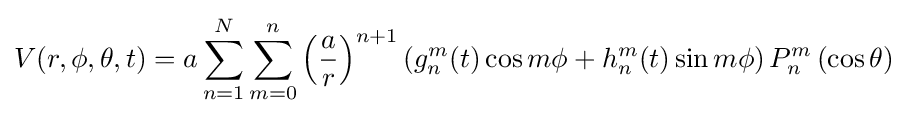
V(r,\phi ,\theta ,t)=a\sum _{n=1}^{N}\sum _{m=0}^{n}\left({\frac {a}{r}}\right)^{n+1}\left(g_{n}^{m}(t)\cos m\phi +h_{n}^{m}(t)\sin m\phi \right)P_{n}^{m}\left(\cos \theta \right)